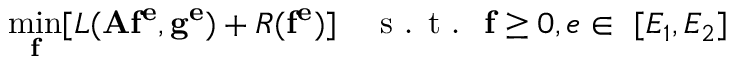
\operatorname* { m i n } _ { \mathbf { f } } [ L ( \mathbf { A f ^ { e } } , \mathbf { g ^ { e } } ) + R ( \mathbf { f ^ { e } } ) ] \quad \textrm { s . t . } \; \mathbf { f } \geq 0 , e \in \ [ E _ { 1 } , E _ { 2 } ]